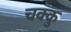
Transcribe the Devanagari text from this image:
चक्कु